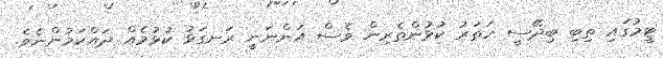
ޓީމުގައި ތިބި ބިދޭސީ ހަތަރު ކުޅުންތެރިން ވެސް އަންނަނީ ރަނގަޅު ކުޅުމެއް ދައްކަމުންނެވެ.